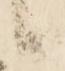
候